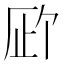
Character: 𪠉